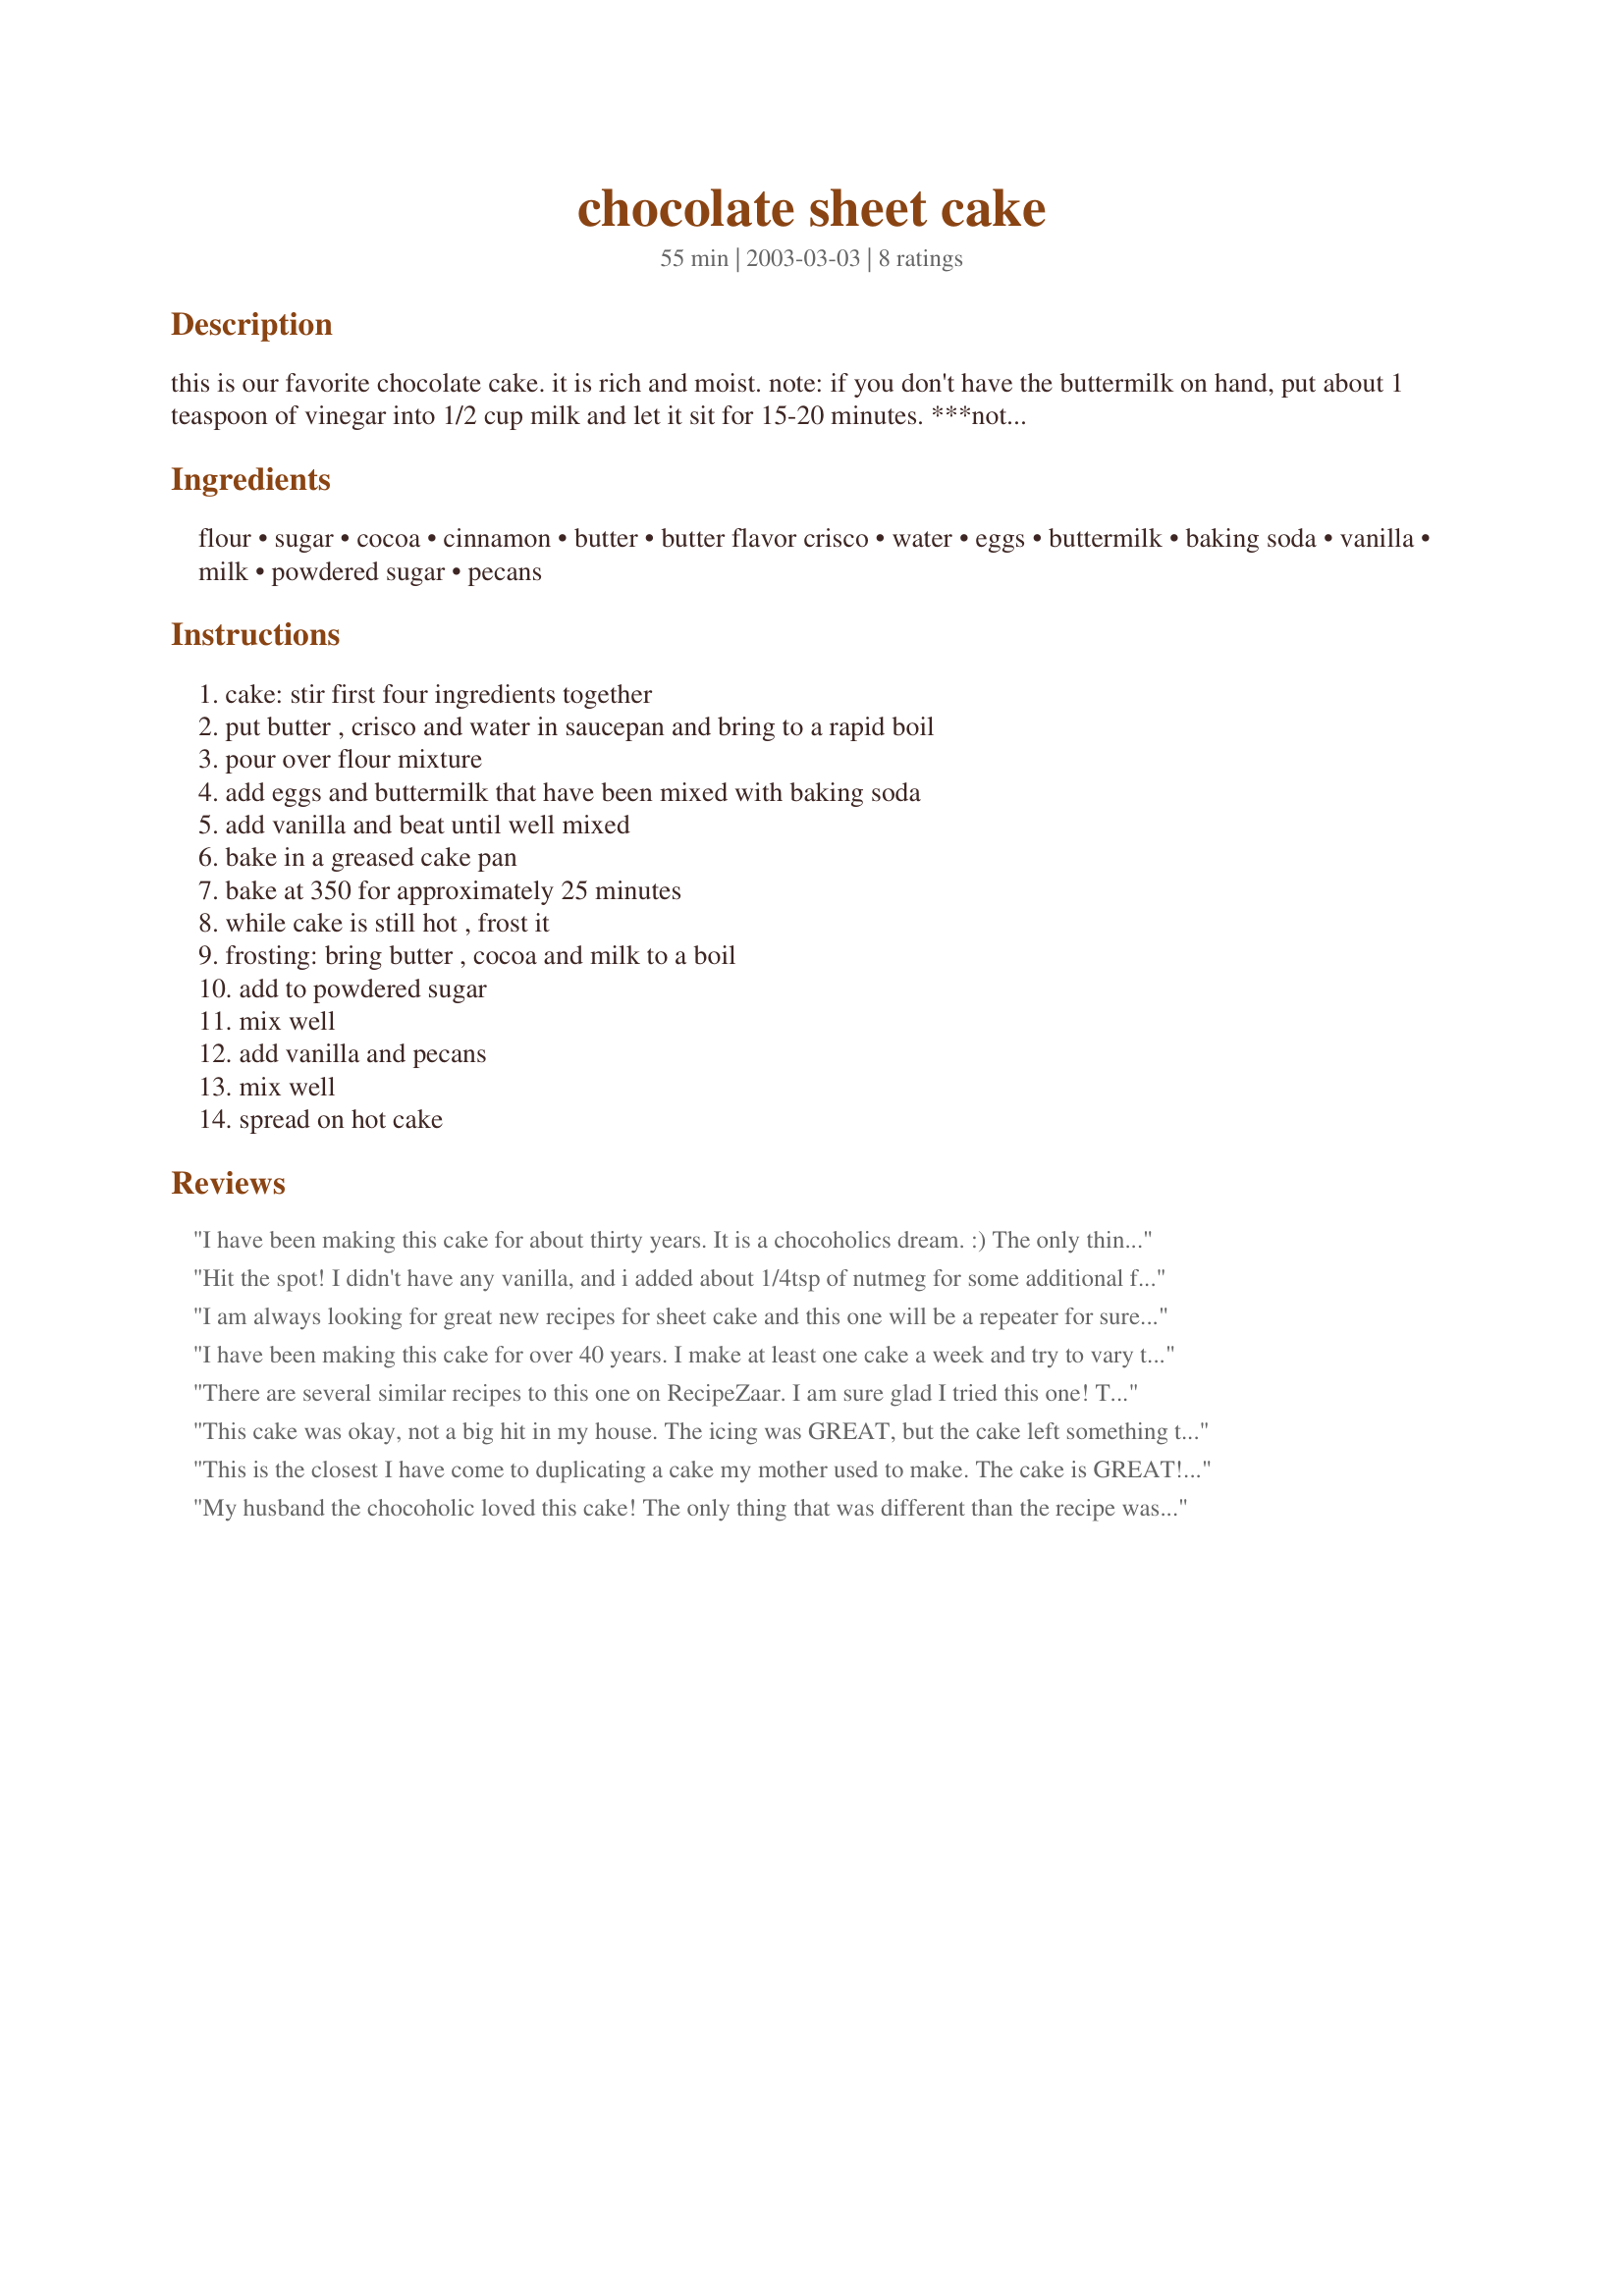
chocolate sheet cake
Preparation time: 55 minutes

this is our favorite chocolate cake. it is rich and moist. note: if you don't have the buttermilk on hand, put about 1 teaspoon of vinegar into 1/2 cup milk and let it sit for 15-20 minutes. ***note: if you don't have the butter flavor crisco, just increase the 1/2 cup butter to 1 cup of butter and omit the crisco. i've made it both ways and it is great either way.

Ingredients:
flour, sugar, cocoa, cinnamon, butter, butter flavor crisco, water, eggs, buttermilk, baking soda, vanilla, milk, powdered sugar, pecans

Steps:
cake: stir first four ingredients together, put butter , crisco and water in saucepan and bring to a rapid boil, pour over flour mixture, add eggs and buttermilk that have been mixed with baking soda, add vanilla and beat until well mixed, bake in a greased cake pan, bake at 350 for approximately 25 minutes, while cake is still hot , frost it, frosting: bring butter , cocoa and milk to a boil, add to powdered sugar, mix well, add vanilla and pecans, mix well, spread on hot cake

Reviews:
I have been making this cake for about thirty years. It is a chocoholics dream. :)
The only thing I do differently is
that I add 1/2 teaspoon of cinnamon in the frosting.
If you love chocolate, you won't be disappointed. 
Chef Judi
Hit the spot!
I didn't have any vanilla, and i added about 1/4tsp of nutmeg for some additional flavor.
Instead of the icing, I just used an icing sugar glaze.
Thanks for this recipe!
I am always looking for great new recipes for sheet cake and this one will be a repeater for sure, since I am a butter lover I used all butter, for a darker cake I will use 1 cup of strong brewed coffee in place of the water next time I make it, we really enjoyed the frosting also, great cake hon, thanks for sharing!...Kitten:)
I have been making this cake for over 40 years.
I make at least one cake a week and try to vary the types I make so family and friends won't get tired of the same thing. 
When we get chocolate hungry, this cake always comes to mind first. There is never any of this left!! I use a cookie sheet pan to bake it in. I don't add the cinnamon, simply because I don't like the after taste it leaves in the cake. I always use the full one cup of butter instead of 1/2 crisco, and sometimes add instant coffee granuals or black coffee for that old fashion taste of home.
Thanks for posting this all time great standard!!
There are several similar recipes to this one on RecipeZaar. I am sure glad I tried this one! The cake is so moist and has an old fashioned taste to it--like the one I remember my Grandmother making when I was a kid. The frosting just takes it over the top! I would give this cake more than five stars if it were possible. I will be making this recipe again and again!
This cake was okay, not a big hit in my house. The icing was GREAT, but the cake left something to be desired. It tasted like something was missing not exactly sure what that was, but I do plan to make it again with a few changes.

Where the recipe calls for 1/2 c. of Crisco, is that Crisco oil or shortening?
This is the closest I have come to duplicating a cake my mother used to make. The cake is GREAT! I have made it several times now and I have tweaked it a bit for my family's taste. I add 7 Tablespoons of cocoa to the cake. My family likes frosting, so I increase the frosting by half and I also add additional cocoa to the frosting.
My husband the chocoholic loved this cake! The only thing that was different than the recipe was that my cake was not done at 25 minutes, it took 33 minutes. This cake was a great hit at my house, thanks!
